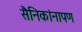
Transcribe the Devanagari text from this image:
सैनिकांनापण